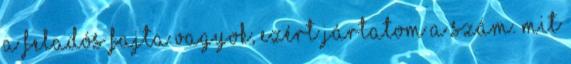
a feladós fajta vagyok, ezért jártatom a szám. Mit